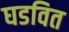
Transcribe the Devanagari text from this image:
घडवित